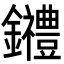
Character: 𨰋